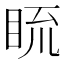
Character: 𥆆